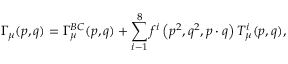
\Gamma _ { \mu } ( p , q ) = \Gamma _ { \mu } ^ { B C } ( p , q ) + \sum _ { i - 1 } ^ { 8 } f ^ { i } \left( p ^ { 2 } , q ^ { 2 } , p \cdot q \right) T _ { \mu } ^ { i } ( p , q ) ,